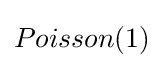
Poisson(1)